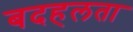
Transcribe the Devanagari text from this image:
बदहलता